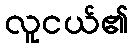
လူငယ်၏